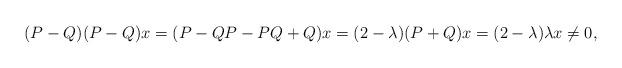
LaTeX: \begin{align*}(P-Q)(P-Q) x = (P - QP - PQ + Q) x = (2 - \lambda) (P+Q) x = (2 - \lambda)\lambda x \neq 0, \end{align*}